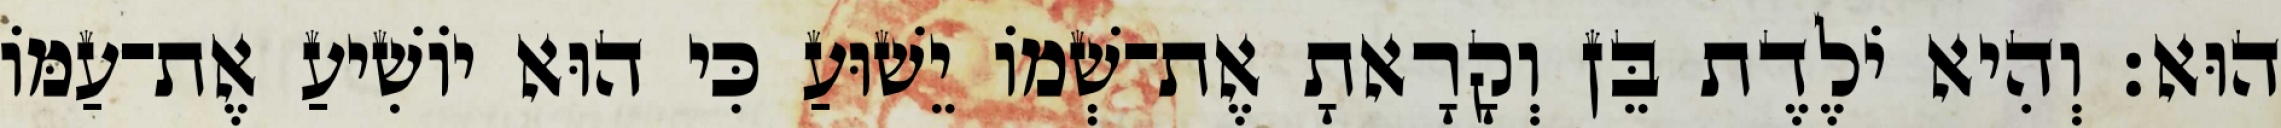
הוּא׃ וְהִיא יֹלֶדֶת בֵּן וְקָרָאתָ אֶת־שְׁמוֹ יֵשׁוּעַ כִּי הוּא יוֹשִׁיעַ אֶת־עַמּוֹ